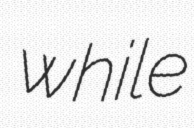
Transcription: while